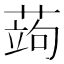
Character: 蒟